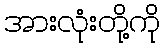
အားလုံးတို့ကို